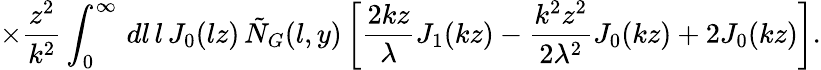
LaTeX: \times\frac{z^{2}}{k^{2}}\int_{0}^{\infty}\, dl\, l\, J_{0}(lz)\, \tilde{N}_{G}(l,y)\left[\frac{2kz}{\lambda}J_{1}(kz)-\frac{k^{2}z^{2}}{2\lambda^{2}}J_{0}(kz)+2J_{0}(kz)\right].